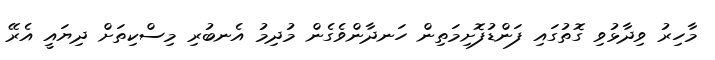
މާހިރު ވިދާޅުވި ގޮތުގައި ފަންޑުފޮށިމަތިން ހަނދާންވެގެން މުދިމު އެނބުރި މިސްކިތަށް ދިޔައީ އެރޭ